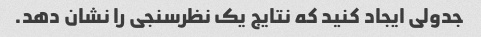
جدولی ایجاد کنید که نتایج یک نظرسنجی را نشان دهد.